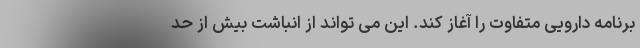
برنامه دارویی متفاوت را آغاز کند. این می تواند از انباشت بیش از حد